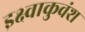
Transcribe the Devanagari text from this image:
इक्ष्वाकुवंश